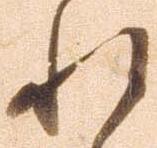
れ